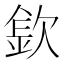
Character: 𣣽